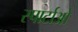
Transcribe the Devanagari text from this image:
स्पार्टाओ